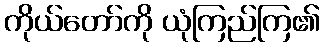
ကိုယ်တော်ကို ယုံကြည်ကြ၏